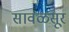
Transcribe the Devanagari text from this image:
सावळसूर